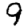
Digit: 9